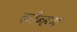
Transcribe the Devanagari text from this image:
कोब्हम